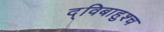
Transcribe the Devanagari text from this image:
द्विबाहुश्च